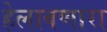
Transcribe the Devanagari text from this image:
हेलावणारा